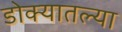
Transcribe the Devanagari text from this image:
डोक्यातल्या